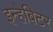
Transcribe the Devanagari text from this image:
इन्हेबिटर